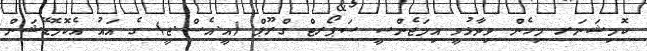
ކޮމިޝަނަރ މިހެން ވިދާޅުވީ އިމަޖެންސީ ސަޕޯރޓް ގްރޫޕް (އީ.އެސް.ޖީ) ގެ އައު އެކޮމޮޑޭޝަން